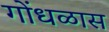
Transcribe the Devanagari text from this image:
गोंधळास